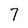
Character: 7